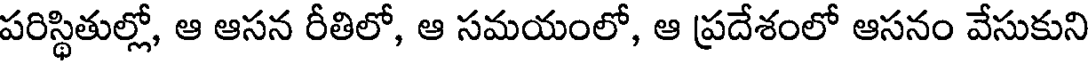
పరిస్థితుల్లో, ఆ ఆసన రీతిలో, ఆ సమయంలో, ఆ ప్రదేశంలో ఆసనం వేసుకుని